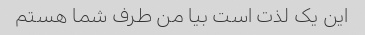
این یک لذت است بیا من طرف شما هستم